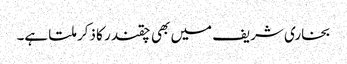
بخاری شریف میں بھی چقندر کا ذکر ملتا ہے۔